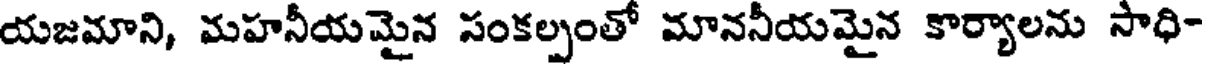
యజమాని, మహనీయమైన సంకల్పంతో మాననీయమైన కార్యాలను సాధి-